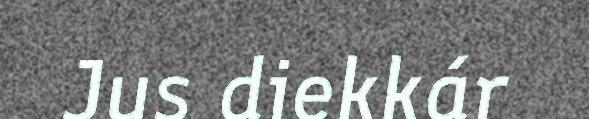
Jus diekkár